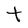
Character: t